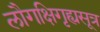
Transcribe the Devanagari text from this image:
लौगक्षिगृह्यसूत्र